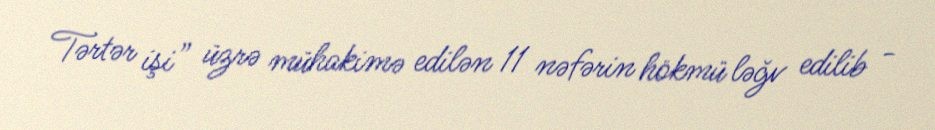
Tərtər işi” üzrə mühakimə edilən 11 nəfərin hökmü ləğv edilib -